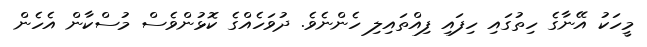
މީހަކު އޭނާގެ ހިތުގައި ހިފައި ފިއްތައިލި ހެންނެވެ. ދުވަހެއްގެ ކޮޅުންވެސް މުސްކާން އެހެން